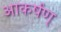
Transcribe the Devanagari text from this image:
आकर्षण्